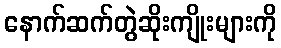
နောက်ဆက်တွဲဆိုးကျိုးများကို